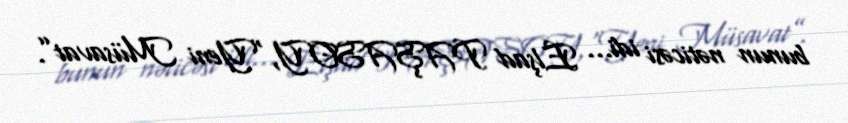
bunun nəticəsi idi... Elşad PAŞASOY,“Yeni Müsavat”.